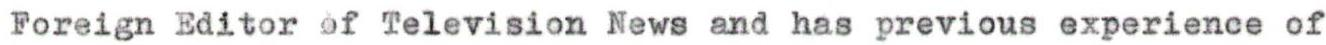
Foreign Editor of Television News and has previous experience of